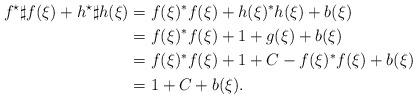
LaTeX: \begin{align*}f^\star\sharp f(\xi) + h^\star\sharp h(\xi) &= f(\xi)^*f(\xi) + h(\xi)^*h(\xi) + b(\xi) \\&= f(\xi)^*f(\xi) + 1 + g(\xi) + b(\xi) \\&= f(\xi)^*f(\xi) + 1 + C - f(\xi)^*f(\xi) + b(\xi) \\&= 1 + C + b(\xi) .\end{align*}